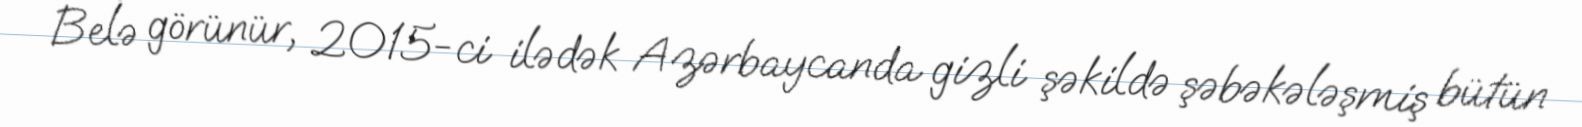
Belə görünür, 2015-ci ilədək Azərbaycanda gizli şəkildə şəbəkələşmiş bütün